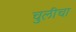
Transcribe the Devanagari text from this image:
चुलीचा